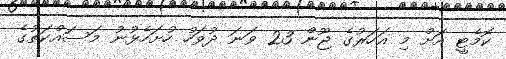
ކޮމެޓީ އަށް މި އަހަރުގެ ޖޫން 23 ވަނަ ދުވަހު ހުށަހެޅުނު މަސައްކަތުގެ